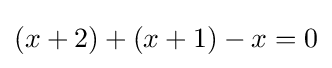
(x+2)+(x+1)-x=0